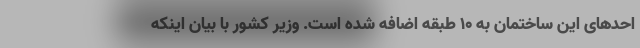
احدهای این ساختمان به ۱۰ طبقه اضافه شده است. وزیر کشور با بیان اینکه